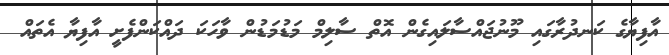
އާފިޔާގެ ކަނދުރާގައި މޫނުޖައްސާލައިގެން އޮތް ސާލިމް މަޑުމަޑުން ވާހަކަ ދައްކަންފެށީ އާފިޔާ އެތައް